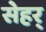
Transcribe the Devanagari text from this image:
सेहर्